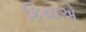
કિયાએ